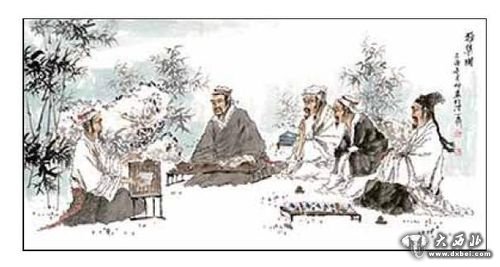
读书不作儒生酸，跃马西入金城关。